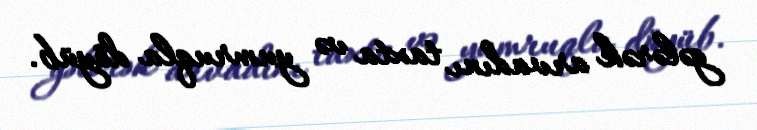
gələrək arvadını taxta və yumruqla döyüb.